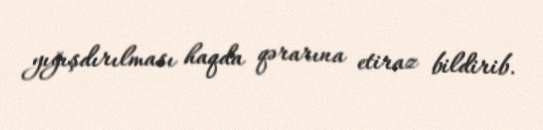
yığışdırılması haqda qərarına etiraz bildirib.